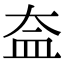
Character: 盇